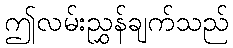
ဤလမ်းညွှန်ချက်သည်